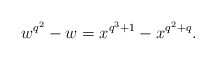
\begin{align*}w^{q^2}-w=x^{q^3+1}-x^{q^2+q}.\end{align*}